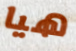
هيا